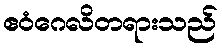
ဧဝံဂေလိတရားသည်